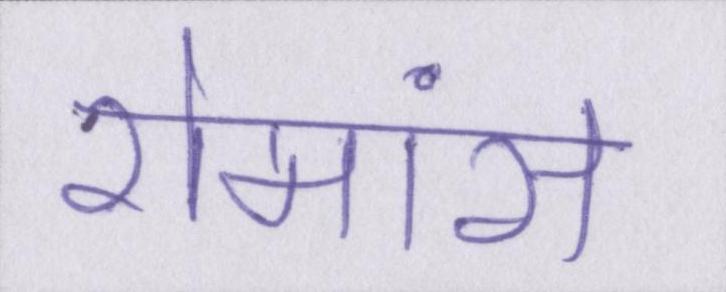
रोमांस